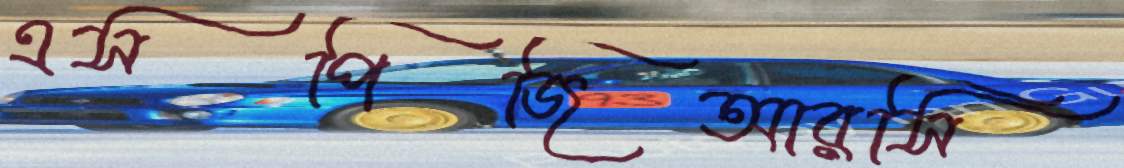
এসপিজিআরসি